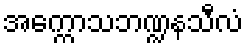
အက္ကောသဘဏ္ဍနသီလံ